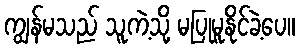
ကျွန်မသည် သူကဲ့သို့ မပြုမူနိုင်ခဲ့ပေ။